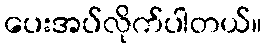
ပေးအပ်လိုက်ပါတယ်။